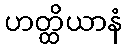
ဟတ္ထိယာနံ